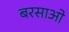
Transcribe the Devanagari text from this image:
बरसाओ